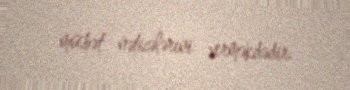
müsbət nəticələrini verməkdədir.